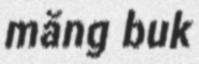
măng buk